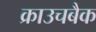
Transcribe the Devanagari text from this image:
क्राउचबैक